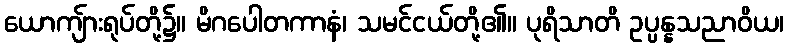
ယောကျ်ားရုပ်တို့၌။ မိဂပေါတကာနံ၊ သမင်ငယ်တို့၏။ ပုရိသာတိ ဥပ္ပန္နသညာဝိယ၊